Report on the bubonic plague in Bombay, 1896-1897
Year: 1896
Disease focus: Plague
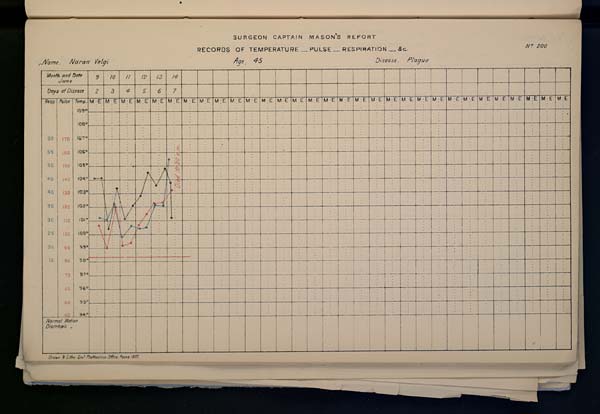
SURGEON
CAPTAIN
MASON'S
REPORT
RECORDS OF TEMPERATURE __ PULSE __ RESPIRATION __ &c. No. 200
Name,
Naran
Velgi
Age,
45
Disease,
Plague
Drawn & Litho: Govt. Photozinco: Office, Poona 1897.